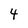
Character: 4